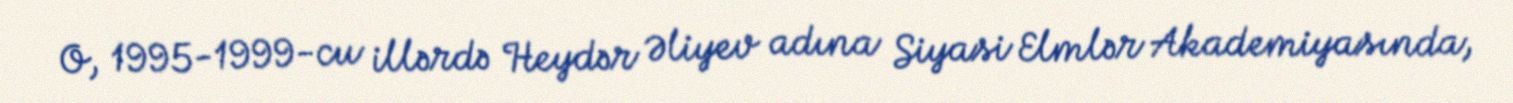
O, 1995-1999-cu illərdə Heydər Əliyev adına Siyasi Elmlər Akademiyasında,